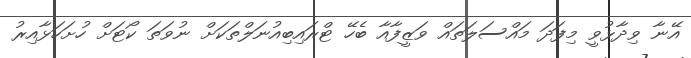
އޭނާ ވިދާޅުވީ މިފަދަ މައްސަލަތައް ވަޒީފާއާ ބެހޭ ޓްރައިބިއުނަލްތަކަށް ނުވަތަ ކޯޓަށް ހުށަހަޅާއިރު